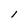
Character: l